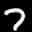
Label: 7